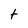
Character: t